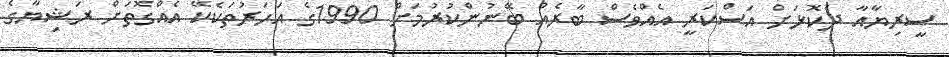
ސީރިޔާއާ ދެކޮޅަށް އަސްކަރީ އެއްވެސް ބާރެއް ބޭނުންކުރުމަށް 1990ގެ އަހަރުތަކެކޭ އެއްގޮތަށް ރަޝިޔާގެ